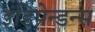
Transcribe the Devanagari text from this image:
इंडिपेन्डन्स